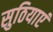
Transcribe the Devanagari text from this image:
सुठियाएं